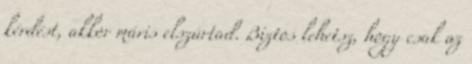
kérdést, akkor máris elszúrtad. Biztos lehetsz, hogy csak az